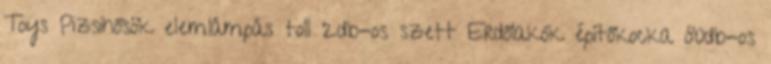
Toys Pizsihősök elemlámpás toll 2db-os szett Erdőlakók építőkocka 80db-os